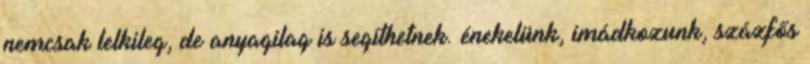
nemcsak lelkileg, de anyagilag is segíthetnek. énekelünk, imádkozunk, százfős